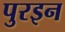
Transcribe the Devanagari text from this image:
पुरइन